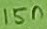
Text: 15n